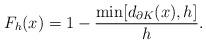
LaTeX: \begin{align*}F_h(x)= 1 - \frac{\min[d_{\partial K}(x),h]}{h}.\end{align*}